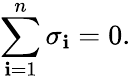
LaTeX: \sum_{\mathbf{i}=1}^{n}\sigma_{\mathbf{i}}=0.